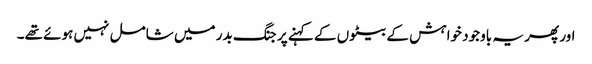
اور پھر یہ باوجود خواہش کے بیٹوں کے کہنے پر جنگ بدر میں شامل نہیں ہوئے تھے۔